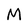
Character: M